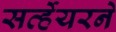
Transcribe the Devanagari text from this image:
सर्व्हेयरने